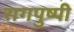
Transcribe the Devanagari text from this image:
रागपुष्पी